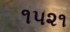
૧૫૨૧